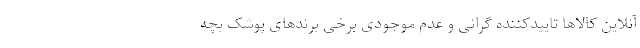
آنلاین کالاها تاییدکننده گرانی و عدم موجودی برخی برندهای پوشک بچه